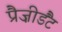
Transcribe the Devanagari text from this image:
प्रैज़ीडैंट